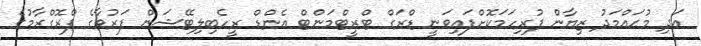
އަދި މުޙައްމަދު ޒިޔާން ފުރިހަމަކޮށްފައިވަނީ ޑްރަގް ޓްރީޓްމަންޓް އެންޑް ރީހެބިލިޓޭޝަން ފަރުވާގެ ޕްރޮގްރާމުގެ